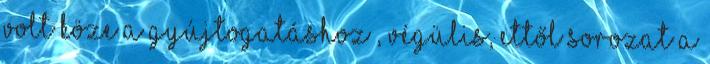
volt köze a gyújtogatáshoz , végülis, ettől sorozat a